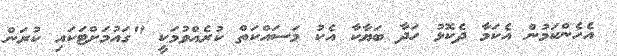
އެހެންކަމުން އެކަމާ ދެކޮޅު ހަދާ ބަޔާކާ އެކު މަސައްކަތް ކުރެއްވުމަކީ "ގައުމަށްޓަކައި ކުރަން